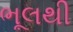
ભૂલથી